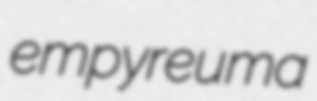
empyreuma